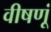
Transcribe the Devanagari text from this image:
वीषणूं